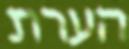
הערת